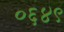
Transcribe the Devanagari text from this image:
०६४९